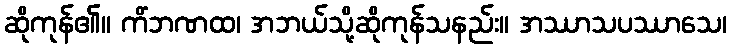
ဆိုကုန်၏။ ကိံဘဏထ၊ အဘယ်သို့ဆိုကုန်သနည်း။ အဿာသပဿာသေ၊